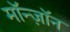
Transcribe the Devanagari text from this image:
मॉन्ज़ॉन